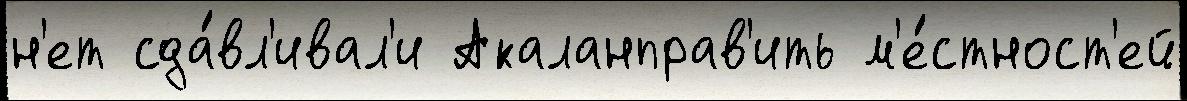
н'ет сда́вл'ивал'и Акаланправ'ить м'е́стност'ей